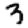
Digit: 3